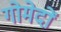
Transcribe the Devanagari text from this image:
गोमेदों